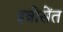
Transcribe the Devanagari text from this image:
इन्नोसेंत